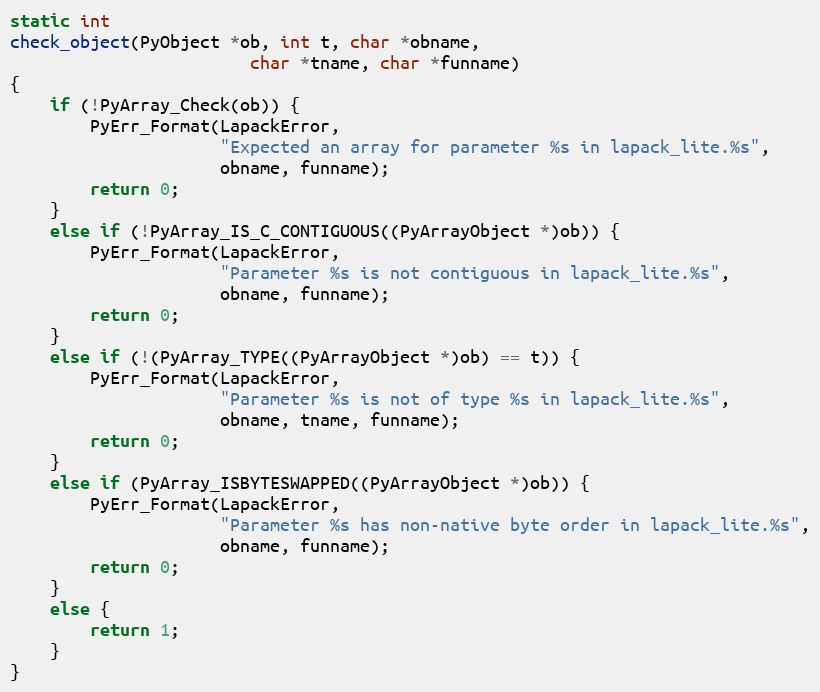
Language: C
static int
check_object(PyObject *ob, int t, char *obname,
                        char *tname, char *funname)
{
    if (!PyArray_Check(ob)) {
        PyErr_Format(LapackError,
                     "Expected an array for parameter %s in lapack_lite.%s",
                     obname, funname);
        return 0;
    }
    else if (!PyArray_IS_C_CONTIGUOUS((PyArrayObject *)ob)) {
        PyErr_Format(LapackError,
                     "Parameter %s is not contiguous in lapack_lite.%s",
                     obname, funname);
        return 0;
    }
    else if (!(PyArray_TYPE((PyArrayObject *)ob) == t)) {
        PyErr_Format(LapackError,
                     "Parameter %s is not of type %s in lapack_lite.%s",
                     obname, tname, funname);
        return 0;
    }
    else if (PyArray_ISBYTESWAPPED((PyArrayObject *)ob)) {
        PyErr_Format(LapackError,
                     "Parameter %s has non-native byte order in lapack_lite.%s",
                     obname, funname);
        return 0;
    }
    else {
        return 1;
    }
}